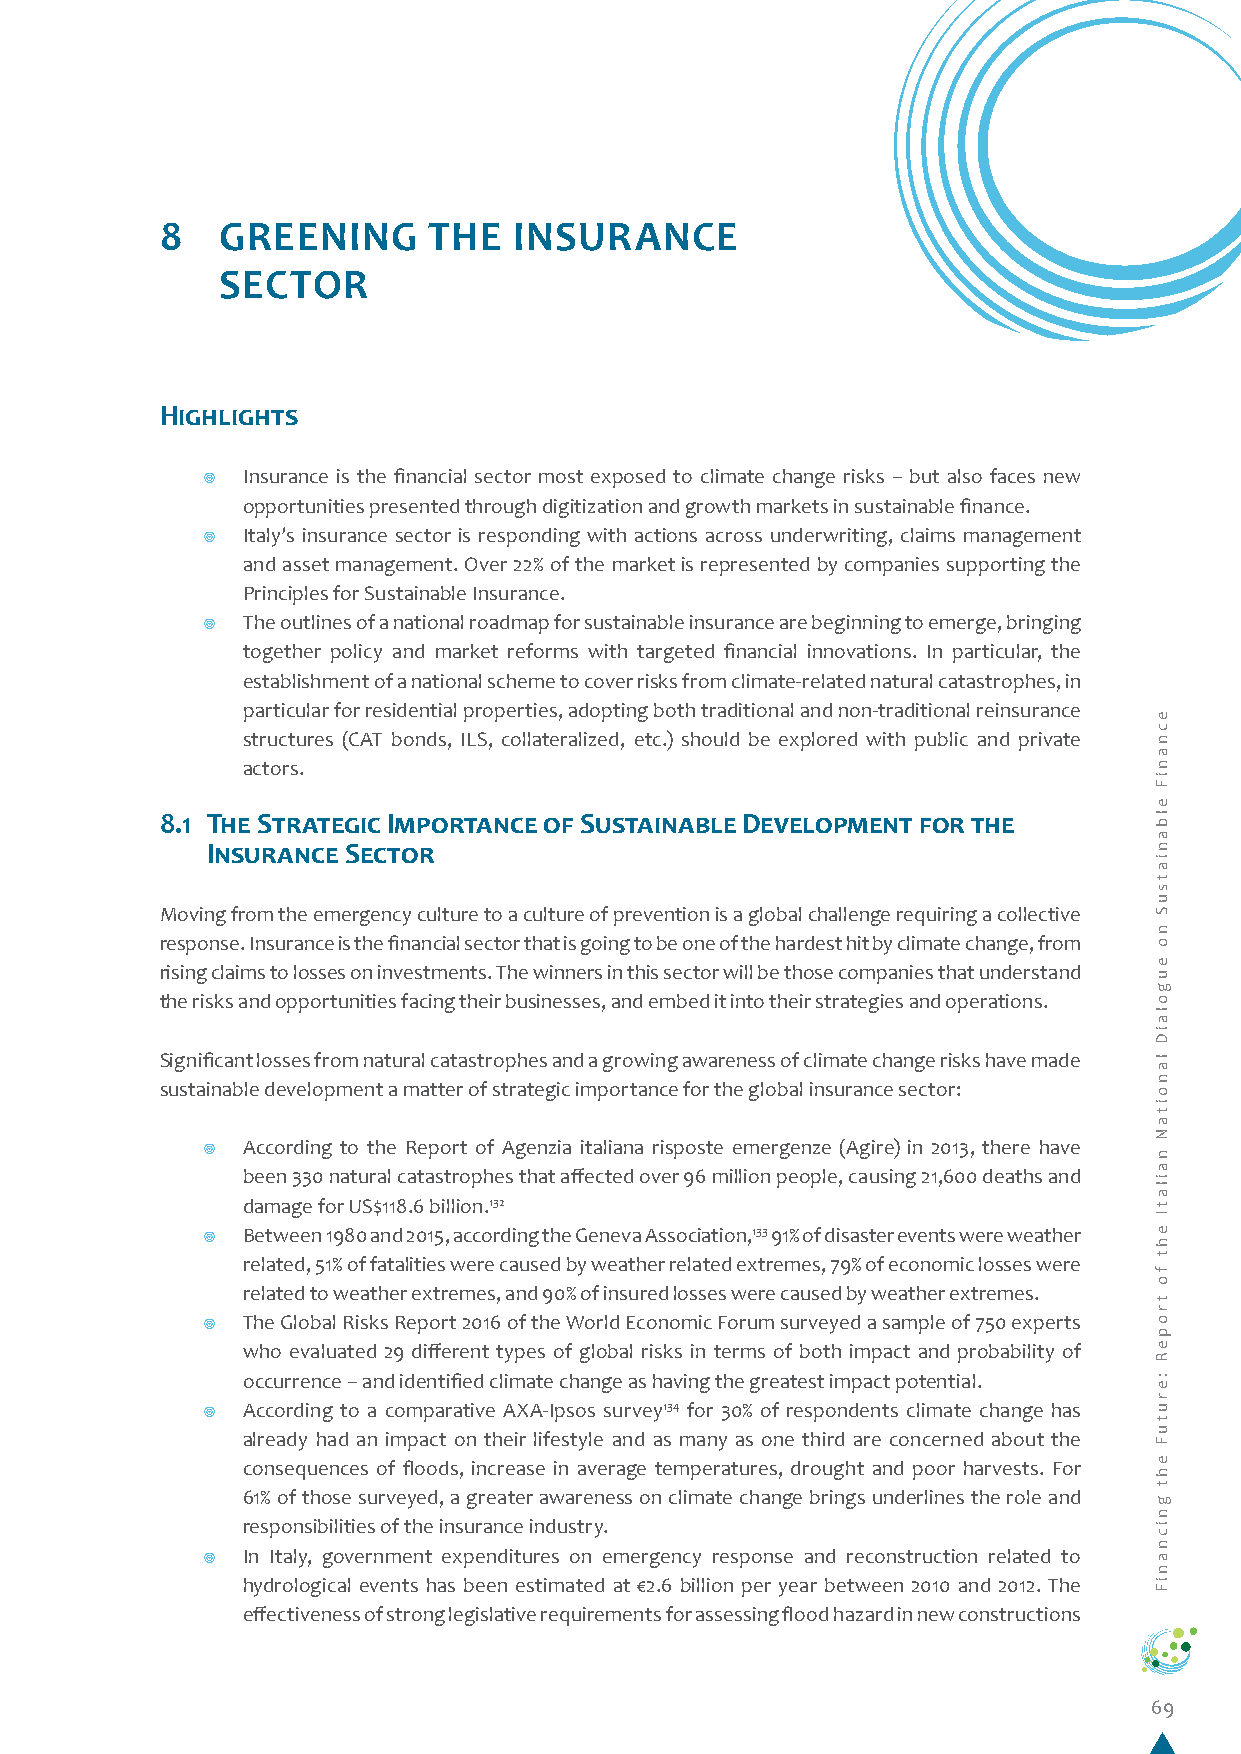
8   GREENING     THE   INSURANCE
 SECTOR
 Highlights
 ¥  Insurance is the financial sector most exposed to climate change risks – but also faces new
 opportunities presented through digitization and growth markets in sustainable finance.
 ¥  Italy’s insurance sector is responding with actions across underwriting, claims management
 and asset management. Over 22% of the market is represented by companies supporting the
 Principles for Sustainable Insurance.
 ¥  The outlines of a national roadmap for sustainable insurance are beginning to emerge, bringing
 together policy and market reforms with targeted financial innovations. In particular, the
 establishment of a national scheme to cover risks from climate-related natural catastrophes, in
 particular for residential properties, adopting both traditional and non-traditional reinsurance
 structures (CAT bonds, ILS, collateralized, etc.) should be explored with public and private
 actors.
 8.1 The Strategic Importance of Sustainable Development for the
 Insurance Sector
 Moving from the emergency culture to a culture of prevention is a global challenge requiring a collective
 response. Insurance is the financial sector that is going to be one of the hardest hit by climate change, from
 rising claims to losses on investments. The winners in this sector will be those companies that understand
 the risks and opportunities facing their businesses, and embed it into their strategies and operations.
 Significant losses from natural catastrophes and a growing awareness of climate change risks have made
 sustainable development a matter of strategic importance for the global insurance sector:
 ¥  According to the Report of Agenzia italiana risposte emergenze (Agire) in 2013, there have
 been 330 natural catastrophes that affected over 96 million people, causing 21,600 deaths and
 damage for US$118.6 billion.132
 ¥  Between 1980 and 2015, according the Geneva Association,133 91% of disaster events were weather
 related, 51% of fatalities were caused by weather related extremes, 79% of economic losses were
 related to weather extremes, and 90% of insured losses were caused by weather extremes.
 ¥  The Global Risks Report 2016 of the World Economic Forum surveyed a sample of 750 experts
 who evaluated 29 different types of global risks in terms of both impact and probability of
 occurrence – and identified climate change as having the greatest impact potential.
 ¥  According to a comparative AXA-Ipsos survey134 for 30% of respondents climate change has
 already had an impact on their lifestyle and as many as one third are concerned about the
 consequences of floods, increase in average temperatures, drought and poor harvests. For
 61% of those surveyed, a greater awareness on climate change brings underlines the role and
 responsibilities of the insurance industry.
 ¥  In Italy, government expenditures on emergency response and reconstruction related to
 hydrological events has been estimated at €2.6 billion per year between 2010 and 2012. The
 effectiveness of strong legislative requirements for assessing flood hazard in new constructions
 69
 ecnaniF
 elbaniatsuS
 no
 eugolaiD
 lanoitaN
 nailatI
 eht
 fo
 tropeR
 :erutuF
 eht
 gnicnaniF